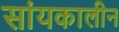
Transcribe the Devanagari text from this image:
सांयकालीन